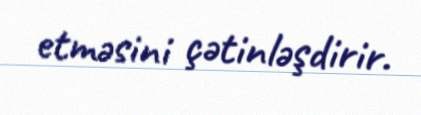
etməsini çətinləşdirir.